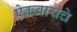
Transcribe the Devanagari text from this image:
ऐकवायचे